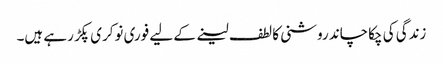
زندگی کی چکاچاند روشنی کا لطف لینے کے لیے فوری نوکری پکڑ رہے ہیں۔